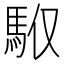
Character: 𩢇